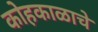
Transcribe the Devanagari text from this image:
कोहकाळाचे